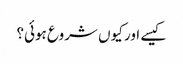
کیسے اور کیوں شروع ہوئی؟